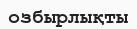
озбырлықты